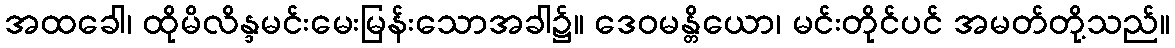
အထခေါ၊ ထိုမိလိန္ဒမင်းမေးမြန်းသောအခါ၌။ ဒေဝမန္တိယော၊ မင်းတိုင်ပင် အမတ်တို့သည်။